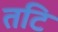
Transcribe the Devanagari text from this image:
तटि